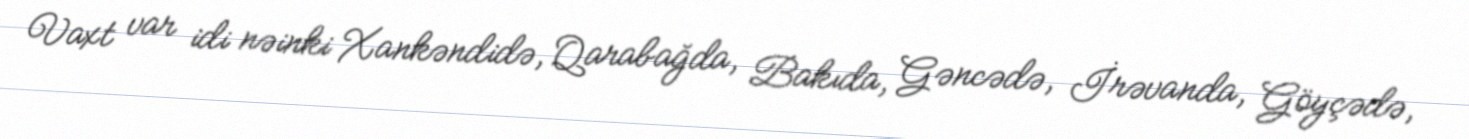
Vaxt var idi nəinki Xankəndidə, Qarabağda, Bakıda, Gəncədə, İrəvanda, Göyçədə,